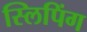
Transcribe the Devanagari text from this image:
स्लिपिंग